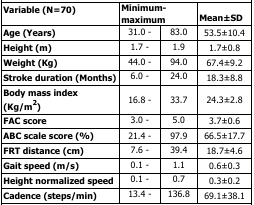
| Variable (N = 70) | <COLSPAN=2> Minimum- maximum | Mean±SD |
 | --- | --- | --- | --- |
 | Age (Years) | 31.0 - | 83.0 | 53.5±10.4 |
 | Height (m) | 1.7 - | 1.9 | 1.7±0.8 |
 | Weight (Kg) | 44.0 - | 94.0 | 67.4±9.2 |
 | Stroke duration (Months) | 6.0 - | 24.0 | 18.3±8.8 |
 | Body mass index (Kg/m2) | 16.8 - | 33.7 | 24.3±2.8 |
 | FAC score | 3.0 - | 5.0 | 3.7±0.6 |
 | ABC scale score (%) | 21.4 - | 97.9 | 66.5±17.7 |
 | FRT distance (cm) | 7.6 - | 39.4 | 18.7±4.6 |
 | Gait speed (m/s) | 0.1 - | 1.1 | 0.6±0.3 |
 | Height normalized speed | 0.1 - | 0.7 | 0.3±0.2 |
 | Cadence (steps/min) | 13.4 - | 136.8 | 69.1±38.1 |